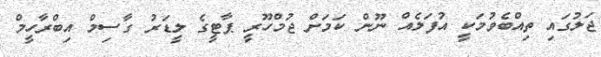
ޖަލުގައި ތިއްބެވުމަކީ އުފަލެއް ނޫން ކަމަށް ޖުމްހޫރީ ޕާޓީގެ ލީޑަރު ގާސިމް އިބްރާހީމް